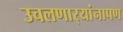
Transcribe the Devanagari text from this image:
उचलणार्‍यांनापण